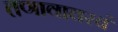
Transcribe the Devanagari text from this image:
तणावावरचं